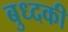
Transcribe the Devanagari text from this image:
बुध्दकी